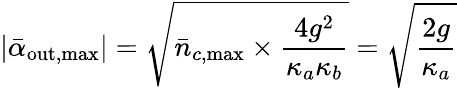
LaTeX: |\bar{\alpha}_{\mathrm{out,max}}|=\sqrt{\bar{n}_{c,\mathrm{max}}\times\frac{4g^{2}}{\kappa_{a}\kappa_{b}}}=\sqrt{\frac{2g}{\kappa_{a}}}